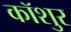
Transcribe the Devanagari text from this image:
कॉशुर